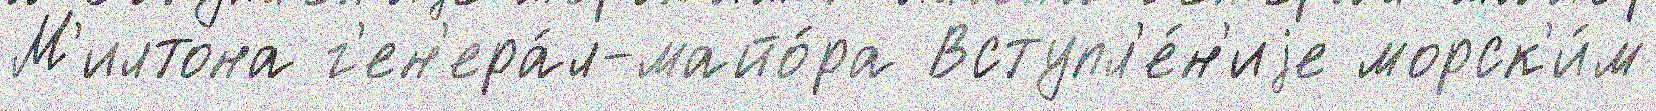
М'илтона г'ен'ера́л-майо́ра Вступл'е́н'иjе морск'и́м